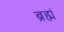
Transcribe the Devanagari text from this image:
ब्रह्मं